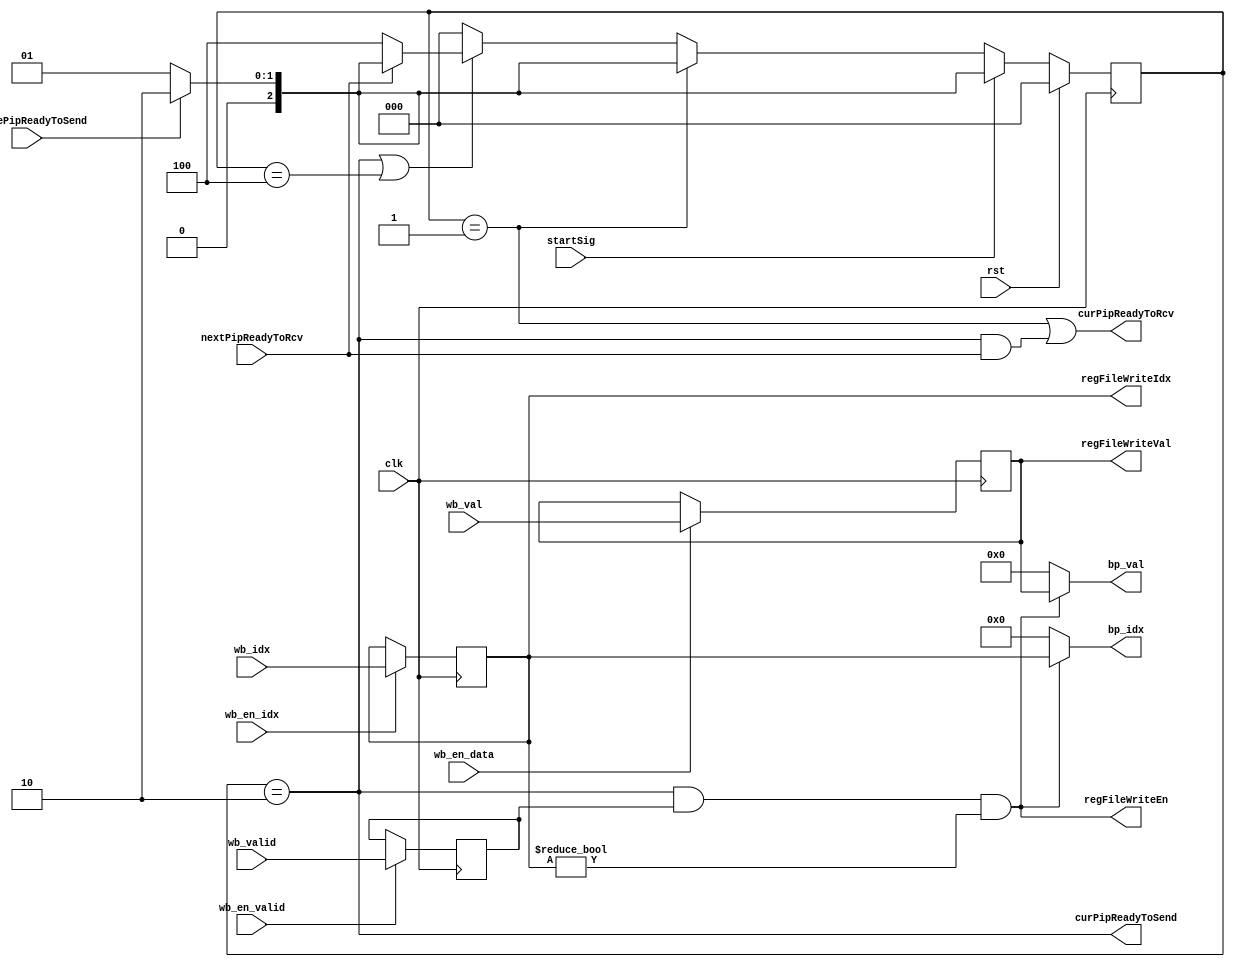
`timescale 1ns/1ps

module writeBack #(
    parameter XLEN = 32, parameter REG_IDX = 5,
    parameter AMT_REG = 32
)(
input wire beforePipReadyToSend,
input wire nextPipReadyToRcv,
input wire rst,
input wire startSig,
input wire clk,

input wire                wb_valid,
input wire[REG_IDX-1: 0]  wb_idx,
input wire[XLEN-1   : 0]  wb_val,
input wire                wb_en_valid,
input wire                wb_en_idx,
input wire                wb_en_data,

output wire curPipReadyToRcv,
output wire curPipReadyToSend,

output wire[REG_IDX-1: 0] bp_idx,
output wire[XLEN-1:    0] bp_val,

output wire[REG_IDX-1: 0] regFileWriteIdx,
output wire[XLEN-1   : 0] regFileWriteVal,
output wire               regFileWriteEn
);

reg                writeBack_valid;
reg[REG_IDX-1: 0]  writeBack_idx;
reg[XLEN-1   : 0]  writeBack_val;
reg                writeBack_en_meta;
reg                writeBack_en_data;



always @(posedge clk ) begin

    if (wb_en_valid)begin
        writeBack_valid <= wb_valid;
    end

    if (wb_en_idx)begin
        writeBack_idx   <= wb_idx;
    end

    if (wb_en_data)begin
        writeBack_val   <= wb_val;
    end
    
end

reg[3-1: 0] pipState;
parameter idleState      = 3'b000;
parameter waitBefState   = 3'b001;
parameter sendingState   = 3'b010;
parameter waitSendState  = 3'b100;

assign bp_idx = ((pipState == sendingState) & writeBack_valid & (writeBack_idx != 0)) 
                ? writeBack_idx : 0;
assign bp_val = ((pipState == sendingState) & writeBack_valid & (writeBack_idx != 0)) 
                ? writeBack_val : 0;


assign regFileWriteIdx = writeBack_idx;
assign regFileWriteVal = writeBack_val;
assign regFileWriteEn  = (pipState == sendingState) & writeBack_valid & (writeBack_idx != 0);


assign curPipReadyToRcv  = (pipState == waitBefState) | (curPipReadyToSend & nextPipReadyToRcv);
assign curPipReadyToSend = (pipState == sendingState);



always @(posedge clk ) begin

        if (rst) begin
            pipState <= idleState;
        
        end else if (startSig) begin
            
            if (beforePipReadyToSend) begin
                pipState <= sendingState;
            end else begin
                pipState <= waitBefState;
            end
        end else begin

            if (pipState == waitBefState)begin
                if (beforePipReadyToSend) begin
                    pipState <= sendingState;
                end  else begin
                    pipState <= waitBefState;
                end
            end else if ( (pipState == sendingState) | (pipState == waitSendState)) begin
                if (nextPipReadyToRcv) begin
                    if (beforePipReadyToSend) begin
                        pipState <= sendingState;
                    end else begin
                        pipState <= waitBefState;
                    end
                end else begin
                    pipState <= waitSendState;
                end
            end else begin
                pipState <= idleState;
            end
        end
    end


endmodule